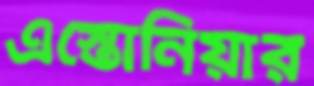
এস্তোনিয়ার